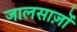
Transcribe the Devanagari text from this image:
जालसाज़ों